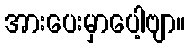
အားပေးမှာပေါ့ဗျာ။